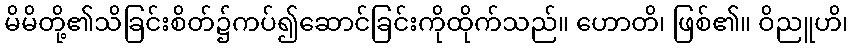
မိမိတို့၏သိခြင်းစိတ်၌ကပ်၍ဆောင်ခြင်းကိုထိုက်သည်။ ဟောတိ၊ ဖြစ်၏။ ဝိညူဟိ၊